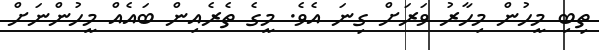
ތިބި މީހުން މިހާރު ވަރަށް ގިނަ އެވެ. މީގެ ތެރެއިން ބައެއް މީހުންނަށް